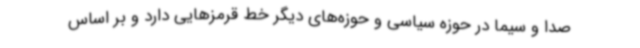
صدا و سیما در حوزه سیاسی و حوزه‌های دیگر خط قرمزهایی دارد و بر اساس